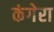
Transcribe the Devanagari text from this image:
कंगेरा